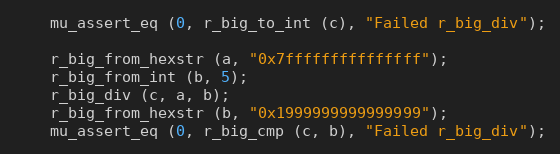
Language: C
	mu_assert_eq (0, r_big_to_int (c), "Failed r_big_div");

	r_big_from_hexstr (a, "0x7fffffffffffffff");
	r_big_from_int (b, 5);
	r_big_div (c, a, b);
	r_big_from_hexstr (b, "0x1999999999999999");
	mu_assert_eq (0, r_big_cmp (c, b), "Failed r_big_div");